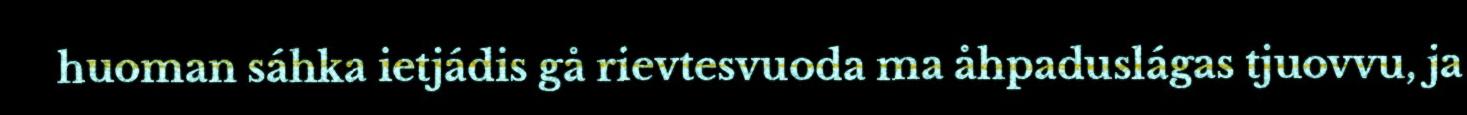
huoman sáhka ietjádis gå rievtesvuoda ma åhpaduslágas tjuovvu, ja